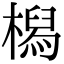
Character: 𣚔